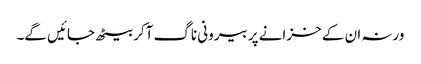
ورنہ ان کے خزانے پر بیرونی ناگ آکر بیٹھ جائیں گے۔